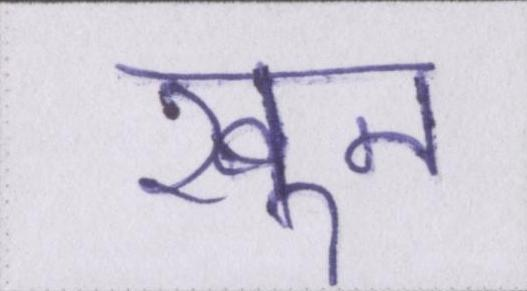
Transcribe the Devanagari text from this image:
खून